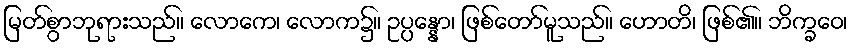
မြတ်စွာဘုရားသည်။ လောကေ၊ လောက၌။ ဥပ္ပန္နော၊ ဖြစ်တော်မူသည်။ ဟောတိ၊ ဖြစ်၏။ ဘိက္ခဝေ၊